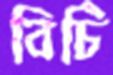
বিচি